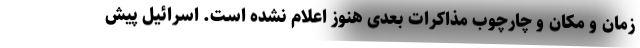
زمان و مکان و چارچوب مذاکرات بعدی هنوز اعلام نشده است. اسرائیل پیش